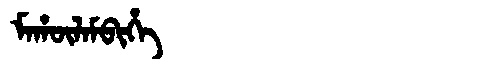
Manchu: ᠮᠠᡥᡡᠯᠠᠮᠪᡳᡥᡝ
Romanization: MAHŪLAMBIHE